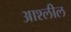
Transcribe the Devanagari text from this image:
आश्लील